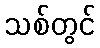
သစ်တွင်